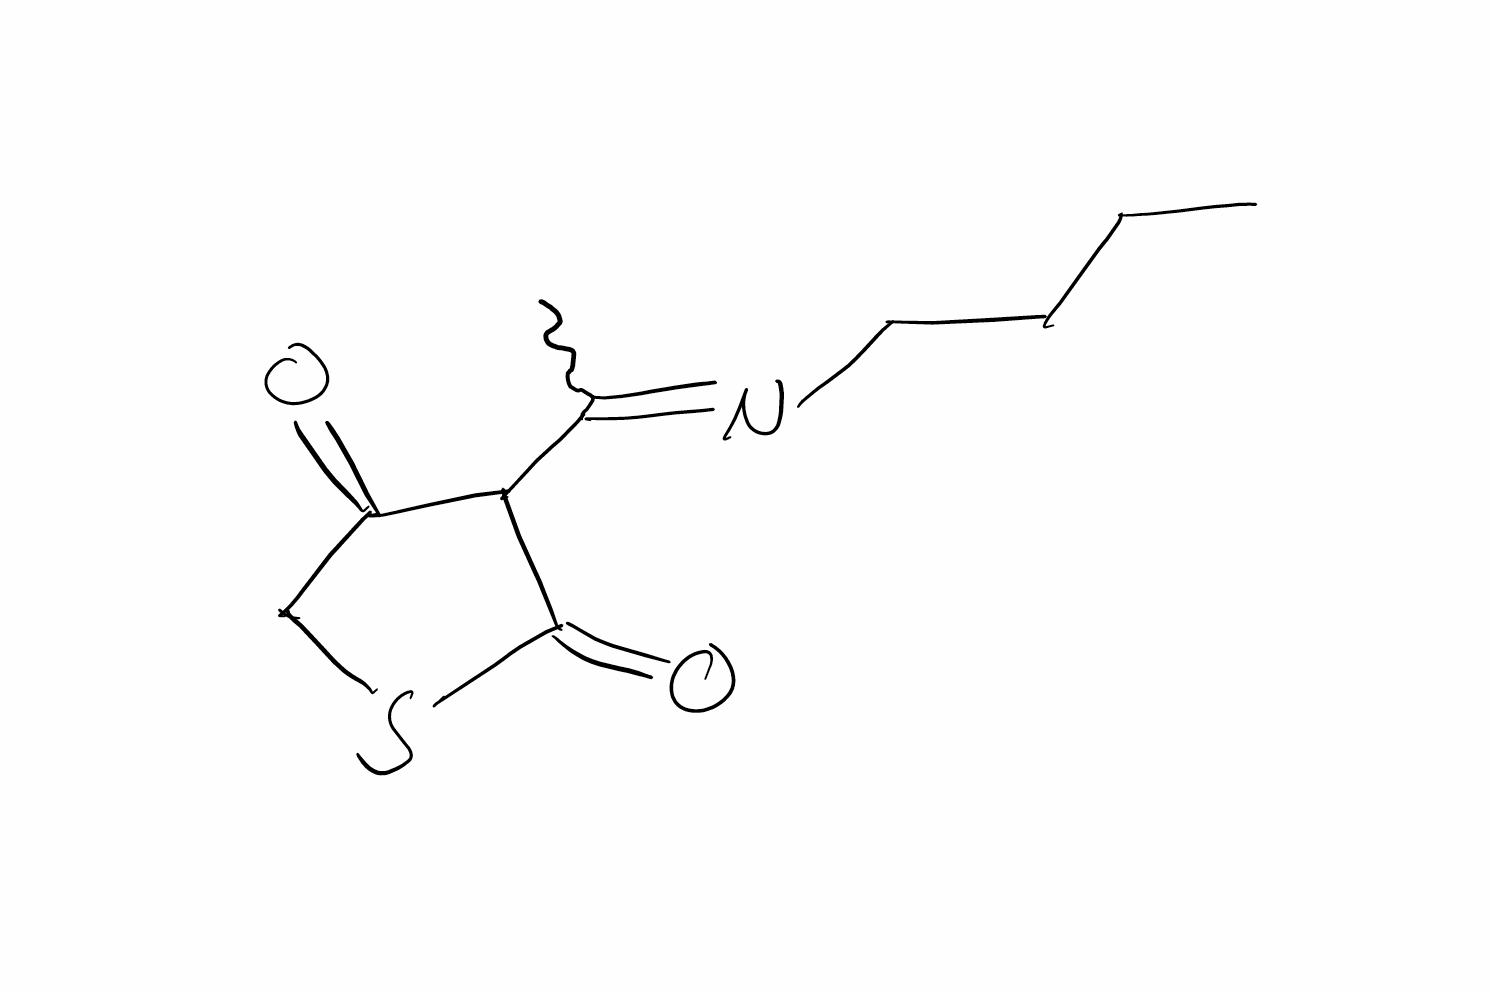
Simplified molecular-input line-entry system (SMILES) notation of the given molecule:
CCCCN=C(C)C1C(=O)CSC1=O